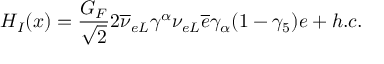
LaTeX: { \cal H } _ { I } ( x ) = \frac { G _ { F } } { \sqrt { 2 } } 2 \overline { { { \nu } } } _ { { e } L } \gamma ^ { \alpha } \nu _ { { e } L } \overline { { { e } } } \gamma _ { \alpha } ( 1 - \gamma _ { 5 } ) e + h . c .